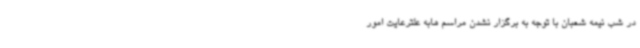
در شب نیمه شعبان با توجه به برگزار نشدن مراسم هابه علترعایت امور